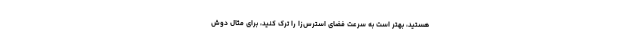
هستید، بهتر است به سرعت فضای استرس‌زا را ترک کنید، برای مثال دوش